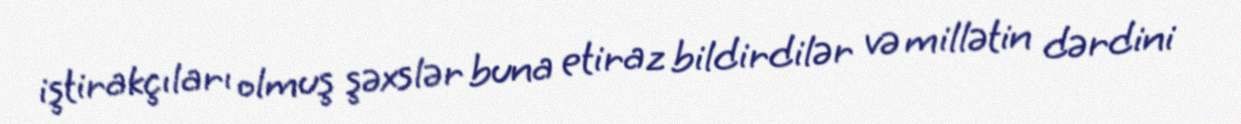
iştirakçıları olmuş şəxslər buna etiraz bildirdilər və millətin dərdini